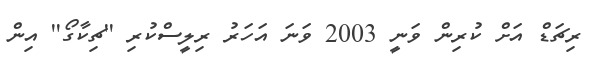
ރިޗަޑް އަށް ކުރިން ވަނީ 2003 ވަނަ އަހަރު ރިލީސްކުރި ''ޗިކާގޯ'' އިން